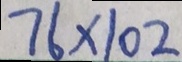
7 6 \times 1 0 2